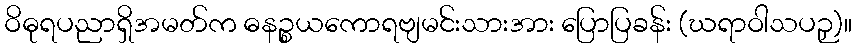
ဝိဓုရပညာရှိအမတ်က ဓနဉ္စယကောရဗျမင်းသားအား ပြောပြခန်း (ဃရာဝါသပဉှ)။